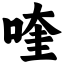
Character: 喹